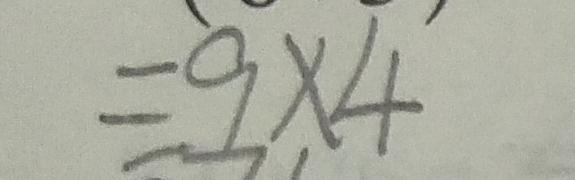
= 9 \times 4